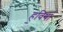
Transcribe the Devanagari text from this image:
ह॒विषा॑